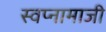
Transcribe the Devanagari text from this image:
स्वप्नामाजी